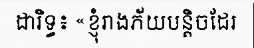
ដារិទ្ធ៖ «ខ្ញុំរាងភ័យបន្តិចដែរ